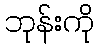
ဘုန်းကို